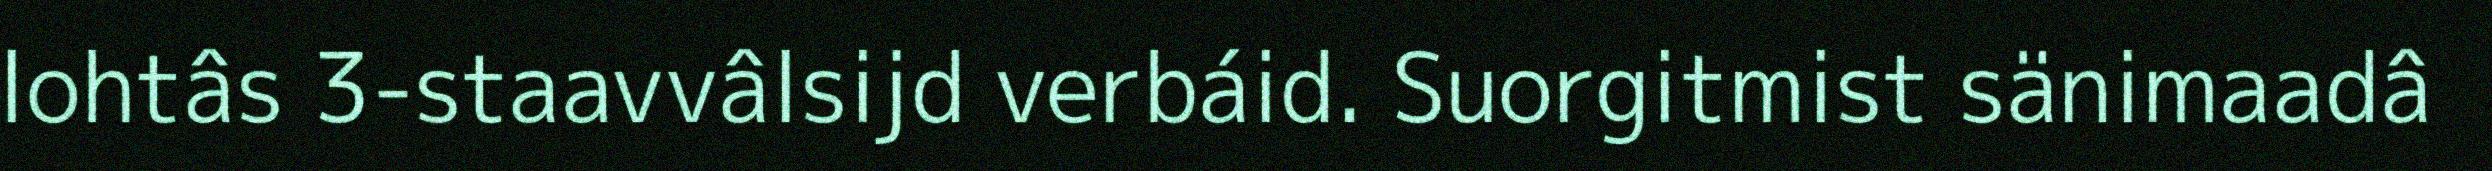
lohtâs 3-staavvâlsijd verbáid. Suorgitmist sänimaadâ